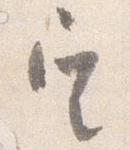
定